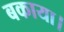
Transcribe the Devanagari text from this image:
बकाया।